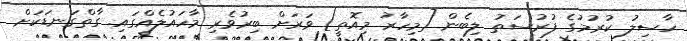
ހާސިލު ކުރުމުގެ ފުރުސަތު ލިބެން [މިހާރު މިއޮތީ] ވަރަށް ބިރުވެރި މާހައުލެއްގައި. ގާތްގަނޑަކަށް